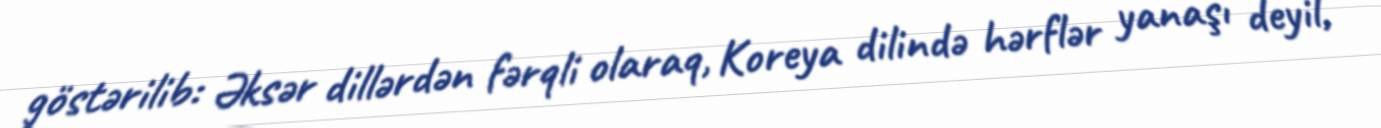
göstərilib: Əksər dillərdən fərqli olaraq, Koreya dilində hərflər yanaşı deyil,